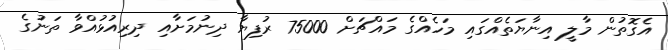
އެގޮތުން މާލީ އިނާޔަތެއްގައި މަހެއްގެ މައްޗަށް 75000 ރުފިޔާ ދިނުމަށާއި ދިރިއުޅުއްވާ ތަނުގެ